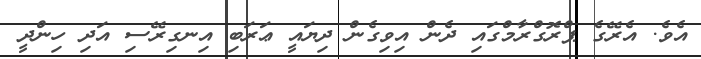
އެވެ. އެރޭގެ ޕްރޮގްރާމްގައި ދެން އިވިގެން ދިޔައީ ޢަރަބި އިނގިރޭސި އަދި ހިންދީ